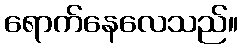
ရောက်နေလေသည်။